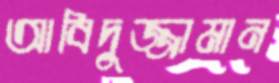
আবিদুজ্জামান